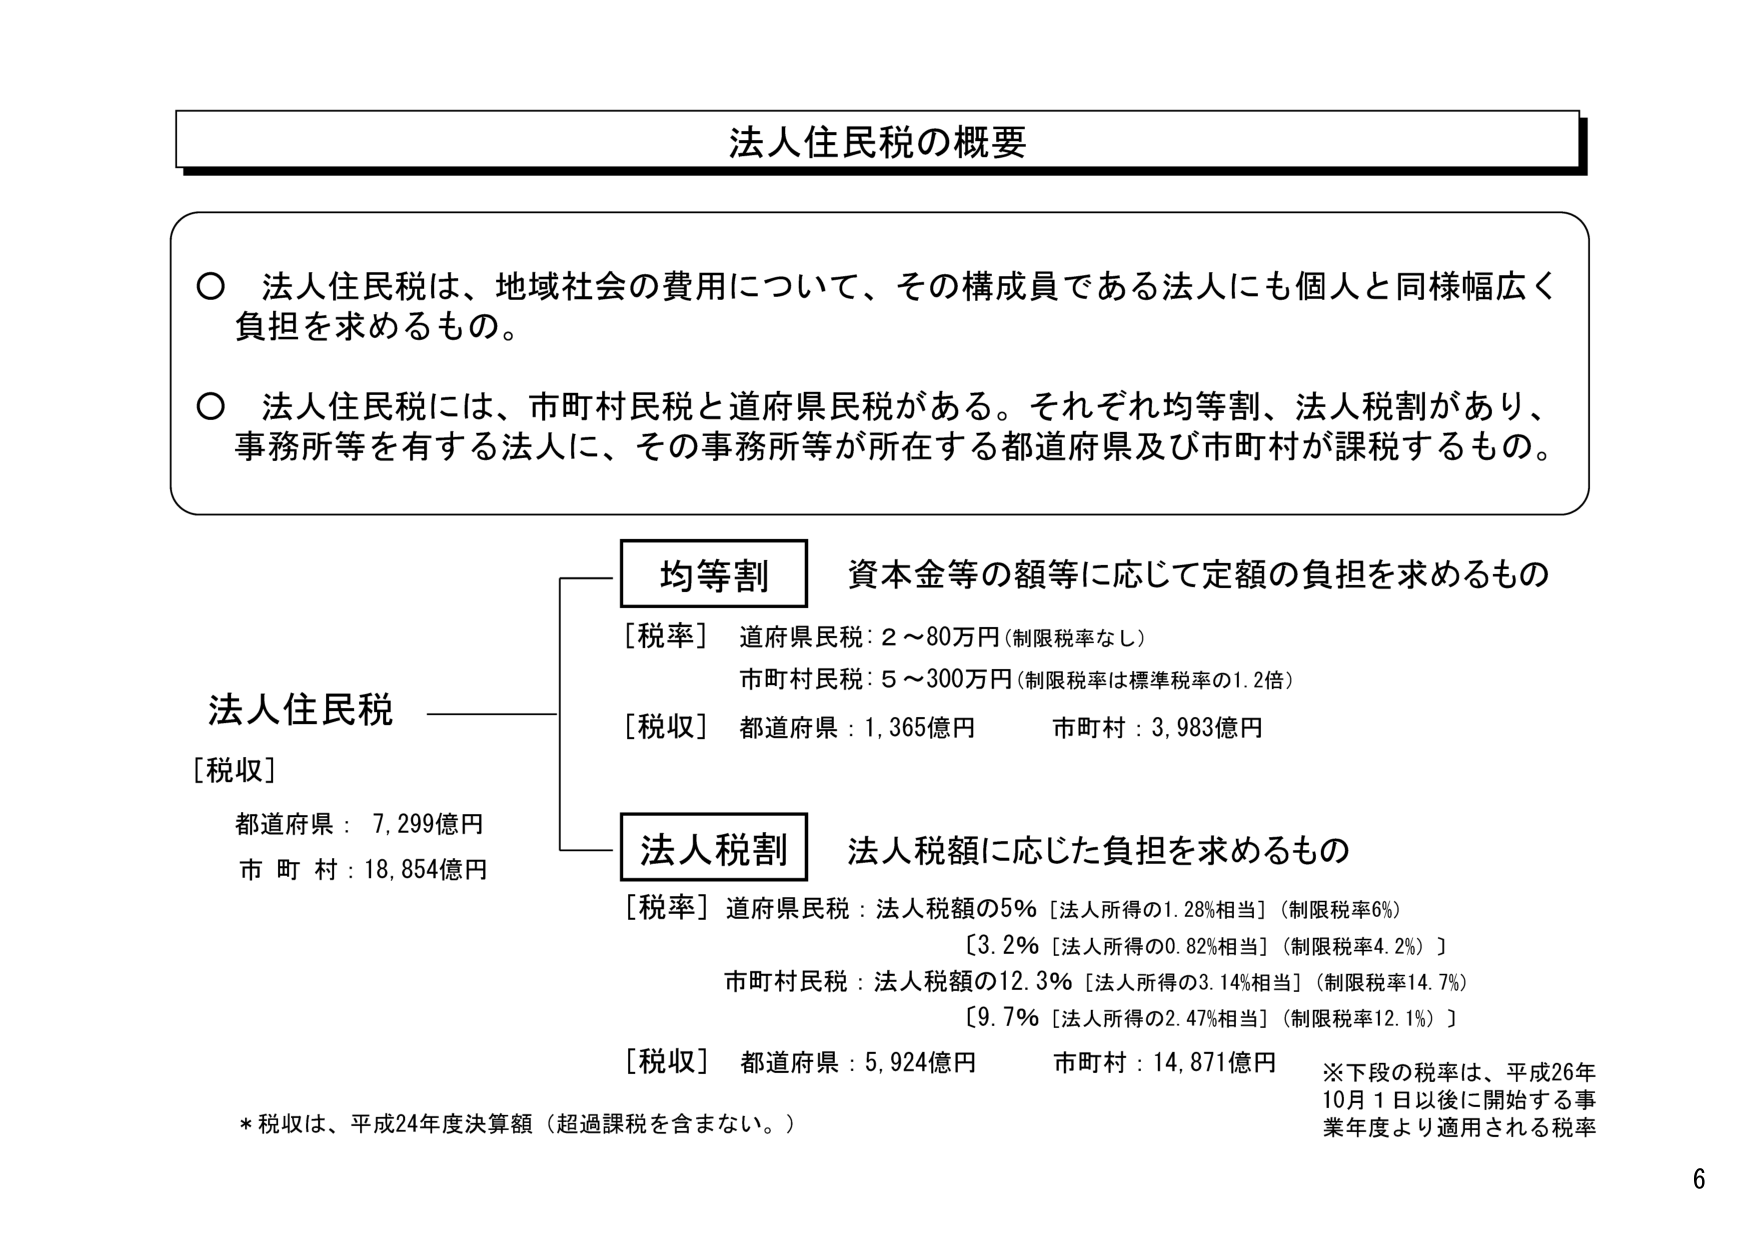
法人住民税の概要

○ 法人住民税は、地域社会の費用について、その構成員である法人にも個人と同様幅広く負担を求めるもの。

○ 法人住民税には、市町村民税と道府県民税がある。それぞれ均等割、法人税割があり、事務所等を有する法人に、その事務所等が所在する都道府県及び市町村が課税するもの。

法人住民税
[税収]
都道府県：7,299億円
市 町 村：18,854億円

均等割 資本金等の額等に応じて定額の負担を求めるもの
[税率] 道府県民税：2～80万円（制限税率なし）
　　　市町村民税：5～300万円（制限税率は標準税率の1.2倍）
[税収] 都道府県：1,365億円　　　市町村：3,983億円

法人税割 法人税額に応じた負担を求めるもの
[税率] 道府県民税：法人税額の5％［法人所得の1.28％相当］（制限税率6％）
　　　　［3.2％［法人所得の0.82％相当］（制限税率4.2％）］
　　　市町村民税：法人税額の12.3％［法人所得の3.14％相当］（制限税率14.7％）
　　　　［9.7％［法人所得の2.47％相当］（制限税率12.1％）］
[税収] 都道府県：5,924億円　　　市町村：14,871億円

※下段の税率は、平成26年10月1日以後に開始する事業年度より適用される税率

* 税収は、平成24年度決算額（超過課税を含まない。）

6